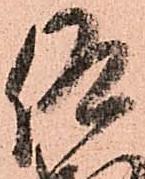
仰